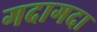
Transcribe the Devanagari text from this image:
गदागदा